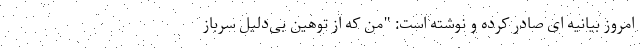
امروز بیانیه ای صادر کرده و نوشته است: "من که از توهین بی‌دلیل سرباز